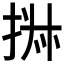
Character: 𰓹